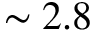
\sim 2 . 8